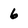
Character: 6